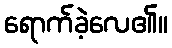
ရောက်ခဲ့လေ၏။